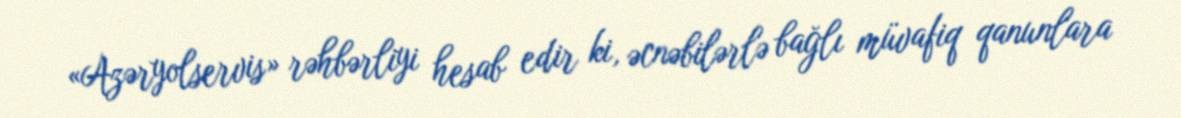
«Azəryolservis» rəhbərliyi hesab edir ki, əcnəbilərlə bağlı müvafiq qanunlara